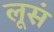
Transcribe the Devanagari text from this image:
लूसं